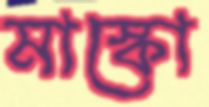
মাস্কো